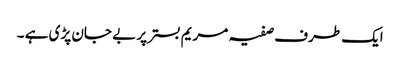
ایک طرف صفیہ مریم بستر پر بے جان پڑی ہے ۔